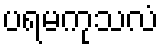
ပရမကုသလံ